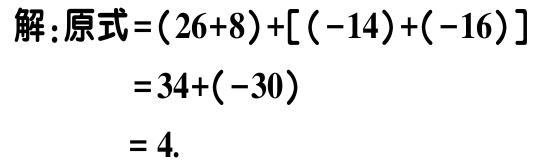
解：原式\(=(26 + 8)+[(-14)+(-16)]\)
\(=34+(-30)\)
\(= 4\).